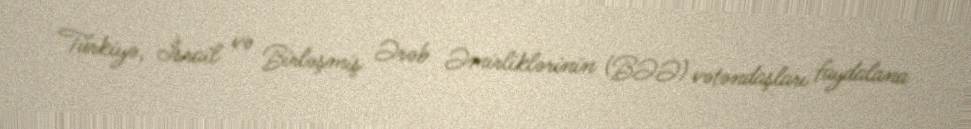
Türkiyə, İsrail və Birləşmiş Ərəb Əmirliklərinin (BƏƏ) vətəndaşları faydalana